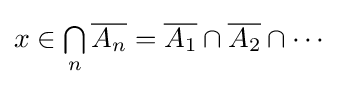
x\in {\textstyle \bigcap \limits _{n}}\,{\overline {A_{n}}}={\overline {A_{1}}}\cap {\overline {A_{2}}}\cap \cdots